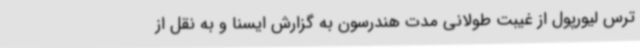
ترس لیورپول از غیبت طولانی مدت هندرسون به گزارش ایسنا و به نقل از